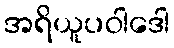
အရိယူပဝါဒေါ